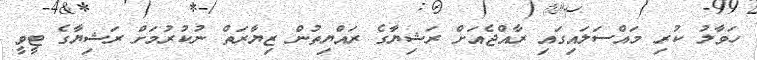
ހަވާލު ކުރި މައްސަލައިގައި ރާއްޖެއަށް ރަޝިޔާގެ ރައްޔިތުން ޒިޔާރަތް ނުކުރުމަށް ރަޝިޔާގެ ޓީވީ